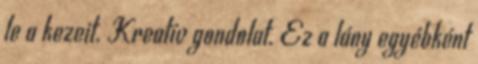
le a kezeit. Kreatív gondolat. Ez a lány egyébként